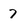
Character: 7